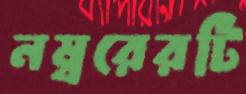
নম্বরেরটি